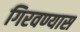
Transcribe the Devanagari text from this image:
गिरवण्यास